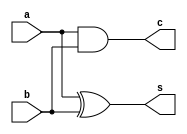
`timescale 1ns / 1ps
//////////////////////////////////////////////////////////////////////////////////
// Company: 
// Engineer: 
// 
// Design Name: 
// Module Name:    ha 
// Project Name: 
// Target Devices: 
// Tool versions: 
// Description: 
//
// Dependencies: 
//
// Revision: 
// Revision 0.01 - File Created
// Additional Comments: 
//
//////////////////////////////////////////////////////////////////////////////////
module ha(s,c,a,b);
input a,b;
output s,c;
and(c,a,b);
xor(s,a,b);


endmodule